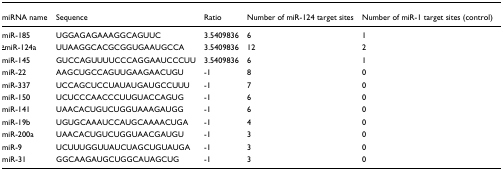
| miRNA name | Sequence | Ratio | Number of miR-124 target sites | Number of miR-1 target sites (control) |
 | --- | --- | --- | --- | --- |
 | miR-185 | UGGAGAGAAAGGCAGUUC | 3.5409836 | 6 | 1 |
 | <underline>a</underline>miR-124a | UUAAGGCACGCGGUGAAUGCCA | 3.5409836 | 12 | 2 |
 | miR-145 | GUCCAGUUUUCCCAGGAAUCCCUU | 3.5409836 | 6 | 1 |
 | miR-22 | AAGCUGCCAGUUGAAGAACUGU | -1 | 8 | 0 |
 | miR-337 | UCCAGCUCCUAUAUGAUGCCUUU | -1 | 7 | 0 |
 | miR-150 | UCUCCCAACCCUUGUACCAGUG | -1 | 6 | 0 |
 | miR-141 | UAACACUGUCUGGUAAAGAUGG | -1 | 6 | 0 |
 | miR-19b | UGUGCAAAUCCAUGCAAAACUGA | -1 | 4 | 0 |
 | miR-200a | UAACACUGUCUGGUAACGAUGU | -1 | 3 | 0 |
 | miR-9 | UCUUUGGUUAUCUAGCUGUAUGA | -1 | 3 | 0 |
 | miR-31 | GGCAAGAUGCUGGCAUAGCUG | -1 | 3 | 0 |